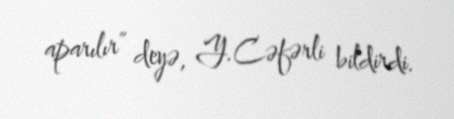
aparılır” deyə, Y.Cəfərli bildirdi.